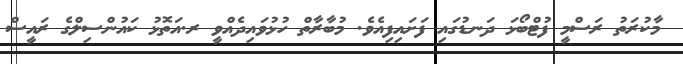
މާކުރަތު ރަސްމީ ފުޓްބޯޅަ ދަނޑުގައި ފަށައިފިއެވެ. މުބާރާތް ހުޅުވައިދެއްވީ ރ.އަތޮޅު ކައުންސިލްގެ ރައީސް